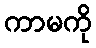
ကာမကို